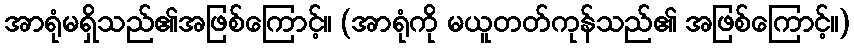
အာရုံမရှိသည်၏အဖြစ်ကြောင့်။ (အာရုံကို မယူတတ်ကုန်သည်၏ အဖြစ်ကြောင့်။)